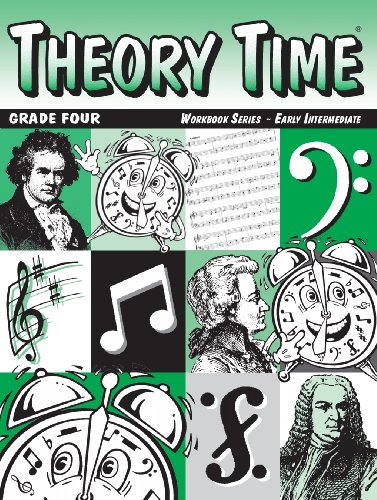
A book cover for Theory Time: Workbook Series - Grade Four Early Intermediate; Heather Rathnau NCTM; Children's Books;